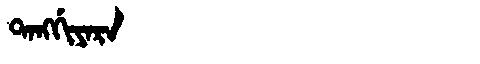
Manchu: ᡨᠠᠩᡤᡳᠶᠠᡵᠠ
Romanization: TANGGIYARA